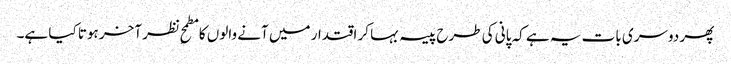
پھر دوسری بات یہ ہے کہ پانی کی طرح پیسہ بہا کر اقتدار میں آنے والوں کا مطمحِ نظر آخر ہوتا کیا ہے۔